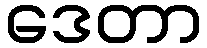
ဒေတာ